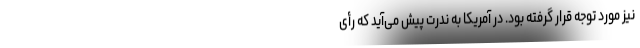
نیز مورد توجه قرار گرفته بود. در آمریکا به ندرت پیش می‌آید که رأی